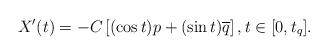
LaTeX: \begin{align*} X'(t) = -C \left[ (\cos t) p + (\sin t) \overline{q} \right], t \in [0, t_q].\end{align*}